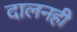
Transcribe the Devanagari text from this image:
दालनही